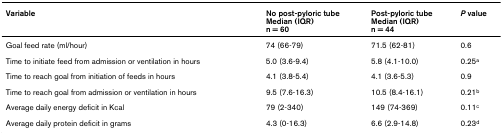
<table><thead><tr><td><b>Variable</b></td><td><b>No post-pyloric tubeMedian (IQR) n = 60</b></td><td><b>Post-pyloric tubeMedian (IQR) n = 44</b></td><td><b><i>P </i>value</b></td></tr></thead><tbody><tr><td>Goal feed rate (ml/hour)</td><td>74 (66-79)</td><td>71.5 (62-81)</td><td>0.6</td></tr><tr><td>Time to initiate feed from admission or ventilation in hours</td><td>5.0 (3.6-9.4)</td><td>5.8 (4.1-10.0)</td><td>0.25<sup>a</sup></td></tr><tr><td>Time to reach goal from initiation of feeds in hours</td><td>4.1 (3.8-5.4)</td><td>4.1 (3.6-5.3)</td><td>0.9</td></tr><tr><td>Time to reach goal from admission or ventilation in hours</td><td>9.5 (7.6-16.3)</td><td>10.5 (8.4-16.1)</td><td>0.21<sup>b</sup></td></tr><tr><td>Average daily energy deficit in Kcal</td><td>79 (2-340)</td><td>149 (74-369)</td><td>0.11<sup>c</sup></td></tr><tr><td>Average daily protein deficit in grams</td><td>4.3 (0-16.3)</td><td>6.6 (2.9-14.8)</td><td>0.23<sup>d</sup></td></tr></tbody></table>